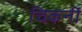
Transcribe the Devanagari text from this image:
चिकनीं